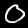
Label: 0